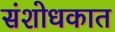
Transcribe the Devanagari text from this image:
संशोधकात